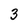
Character: 3